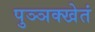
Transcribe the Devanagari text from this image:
पुञ्ञक्खेतं